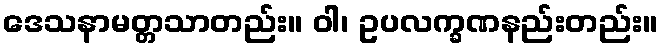
ဒေသနာမတ္တသာတည်း။ ဝါ၊ ဥပလက္ခဏနည်းတည်း။